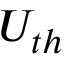
U _ { t h }